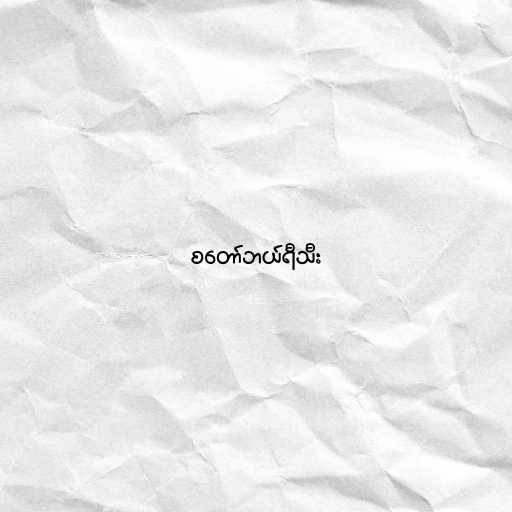
စတော်ဘယ်ရီသီး